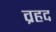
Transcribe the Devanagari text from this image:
व्रहद